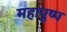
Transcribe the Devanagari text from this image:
महापुष्प